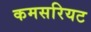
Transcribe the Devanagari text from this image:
कमसरियट